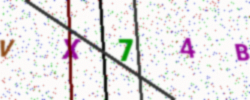
Text: VX74B